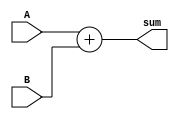
`timescale 1ns / 1ps

module Sum_51(A,B,sum);

input [50:0] A,B;
output [50:0] sum;
assign sum = A + B;

endmodule